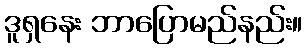
ဒူရှနေး ဘာပြောမည်နည်း။